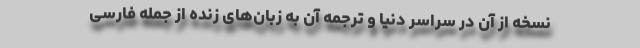
نسخه از آن در سراسر دنیا و ترجمه آن به زبان‌های زنده از جمله فارسی